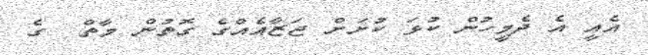
އެއީ އެ ދެމީހުން ކުޅަ ކުށަށް ޖަޒާއެއްގެ ގޮތުން މާތް  ގެ